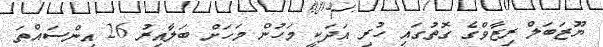
ޔޫޒަބަލް ރިޒާވްގެ ގޮތުގައި ހުރި އަދަކީ މަހުން މަހަށް ބަލާއިރު 26 އިންސައްތަ